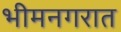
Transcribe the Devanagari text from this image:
भीमनगरात